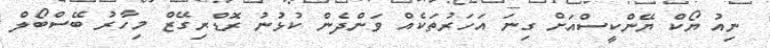
ނިއު ޔޯކް ޔޭންކީސްއަށް ގިނަ އަހަރުތަކެއް ވަންދެން ކުޅުނު ރޮޑްރިގޭޒް މިހާރު ބޭސްބޯލް